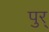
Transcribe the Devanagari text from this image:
पुर्